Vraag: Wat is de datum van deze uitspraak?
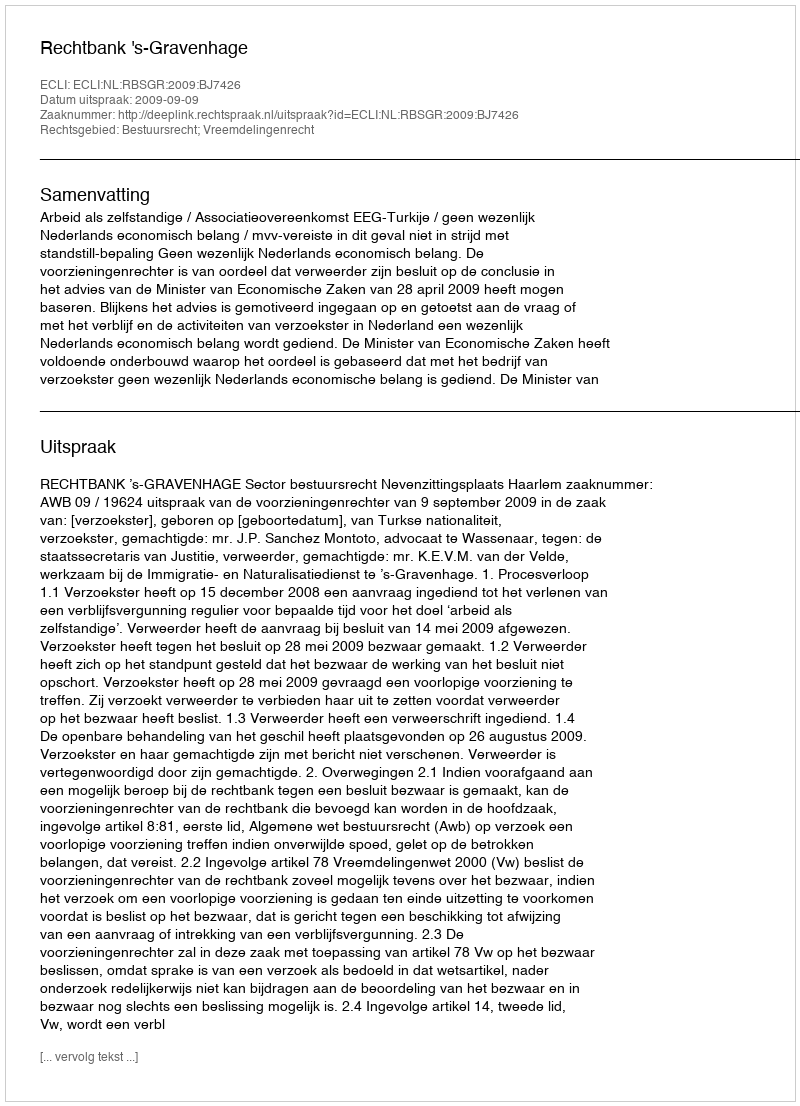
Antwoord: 2009-09-09